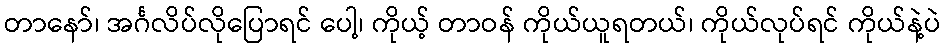
တာနော်၊ အင်္ဂလိပ်လိုပြောရင် ပေါ့၊ ကိုယ့် တာဝန် ကိုယ်ယူရတယ်၊ ကိုယ်လုပ်ရင် ကိုယ်နဲ့ပဲ